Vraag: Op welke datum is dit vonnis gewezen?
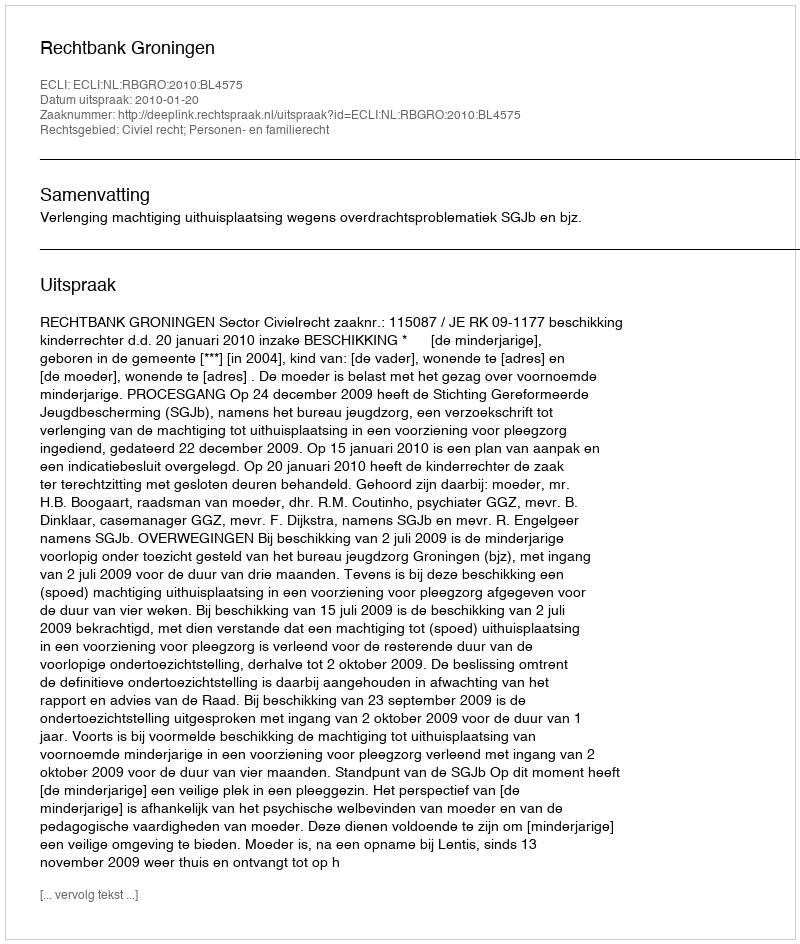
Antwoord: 2010-01-20